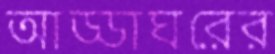
আড্ডাঘরের